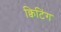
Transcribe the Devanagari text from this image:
क्विटिंग